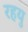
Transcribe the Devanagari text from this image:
रहयु